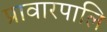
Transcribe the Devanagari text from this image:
प्रावारपालि